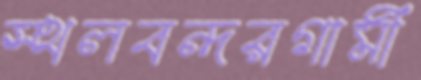
স্থলবন্দরগামী